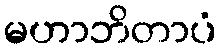
မဟာဘိတာပံ